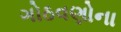
ગોઠવણોના